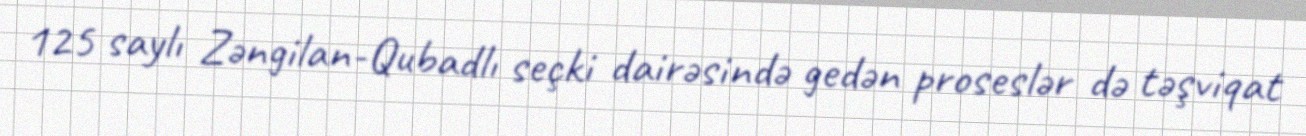
125 saylı Zəngilan-Qubadlı seçki dairəsində gedən proseslər də təşviqat